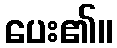
ပေး၏။